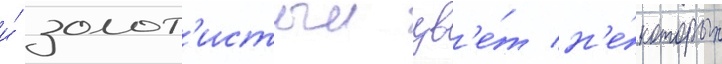
и́ золот'истыи цв'е́т н'е́которых